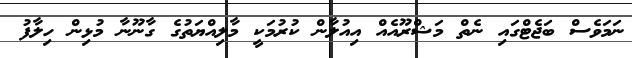
ނަމަވެސް ބަޖެޓްގައި ނެތް މަޝްރޫއެއް އިއުލާން ކުރުމަކީ މާލިއްޔަތުގެ ގާނޫނާ މުޅިން ހިލާފު